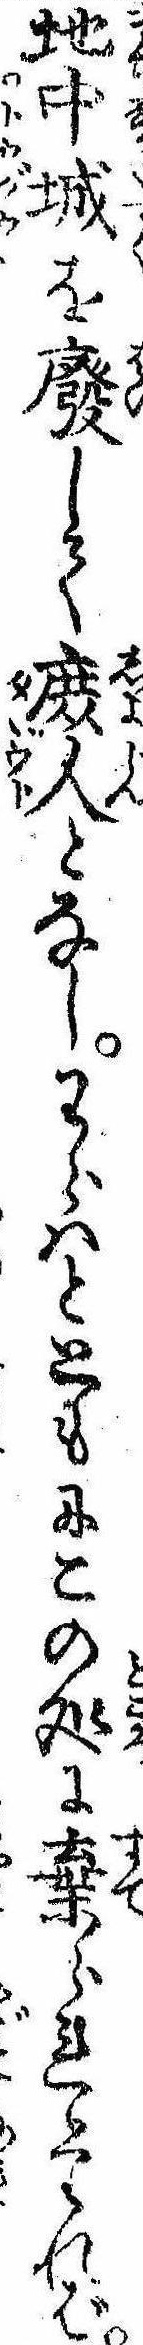
地中城を廃して庶人となしわらはとともにこの処に棄られたれば